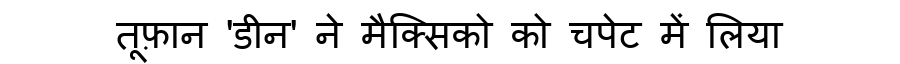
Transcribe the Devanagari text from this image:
तूफ़ान 'डीन' ने मैक्सिको को चपेट में लिया